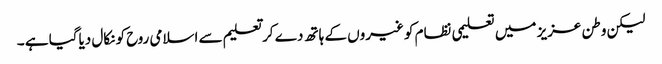
لیکن وطن عزیز میں تعلیمی نظام کو غیروں کے ہاتھ دے کر تعلیم سے اسلامی روح کو نکال دیاگیا ہے ۔